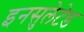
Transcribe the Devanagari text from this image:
इनसुलेटेड